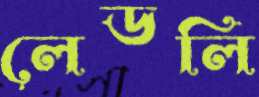
লেডলি